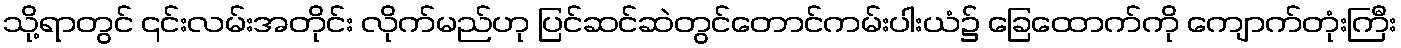
သို့ရာတွင် ၎င်းလမ်းအတိုင်း လိုက်မည်ဟု ပြင်ဆင်ဆဲတွင်တောင်ကမ်းပါးယံ၌ ခြေထောက်ကို ကျောက်တုံးကြီး